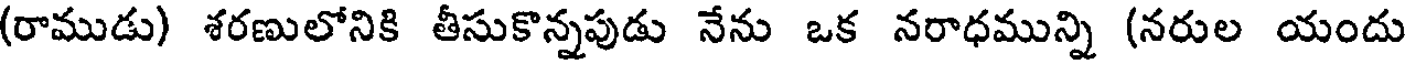
(రాముడు) శరణులోనికి తీసుకొన్నపుడు నేను ఒక నరాధమున్ని (నరుల యందు